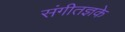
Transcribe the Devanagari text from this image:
संगीतज्ञके